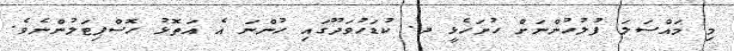
މި މައްސަލަ ފުލުހުންނަށް ހުށަހެޅީ ދ. ކުޑަހުވަދޫގައި ހުންނަ އެ އަތޮޅު ހޮސްޕިޓަލުންނެވެ.